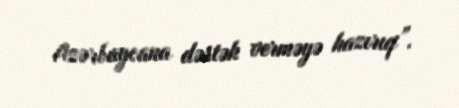
Azərbaycana dəstək verməyə hazırıq”.